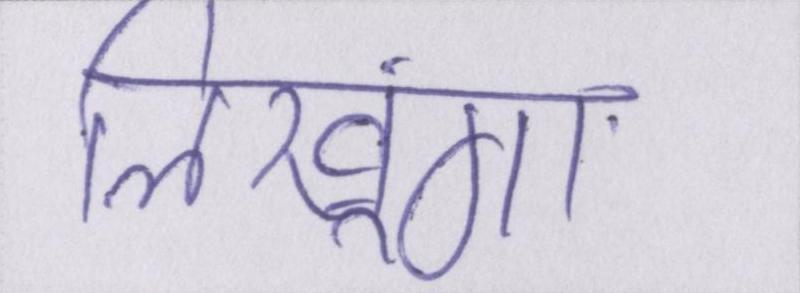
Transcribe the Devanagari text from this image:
लिखूंगा